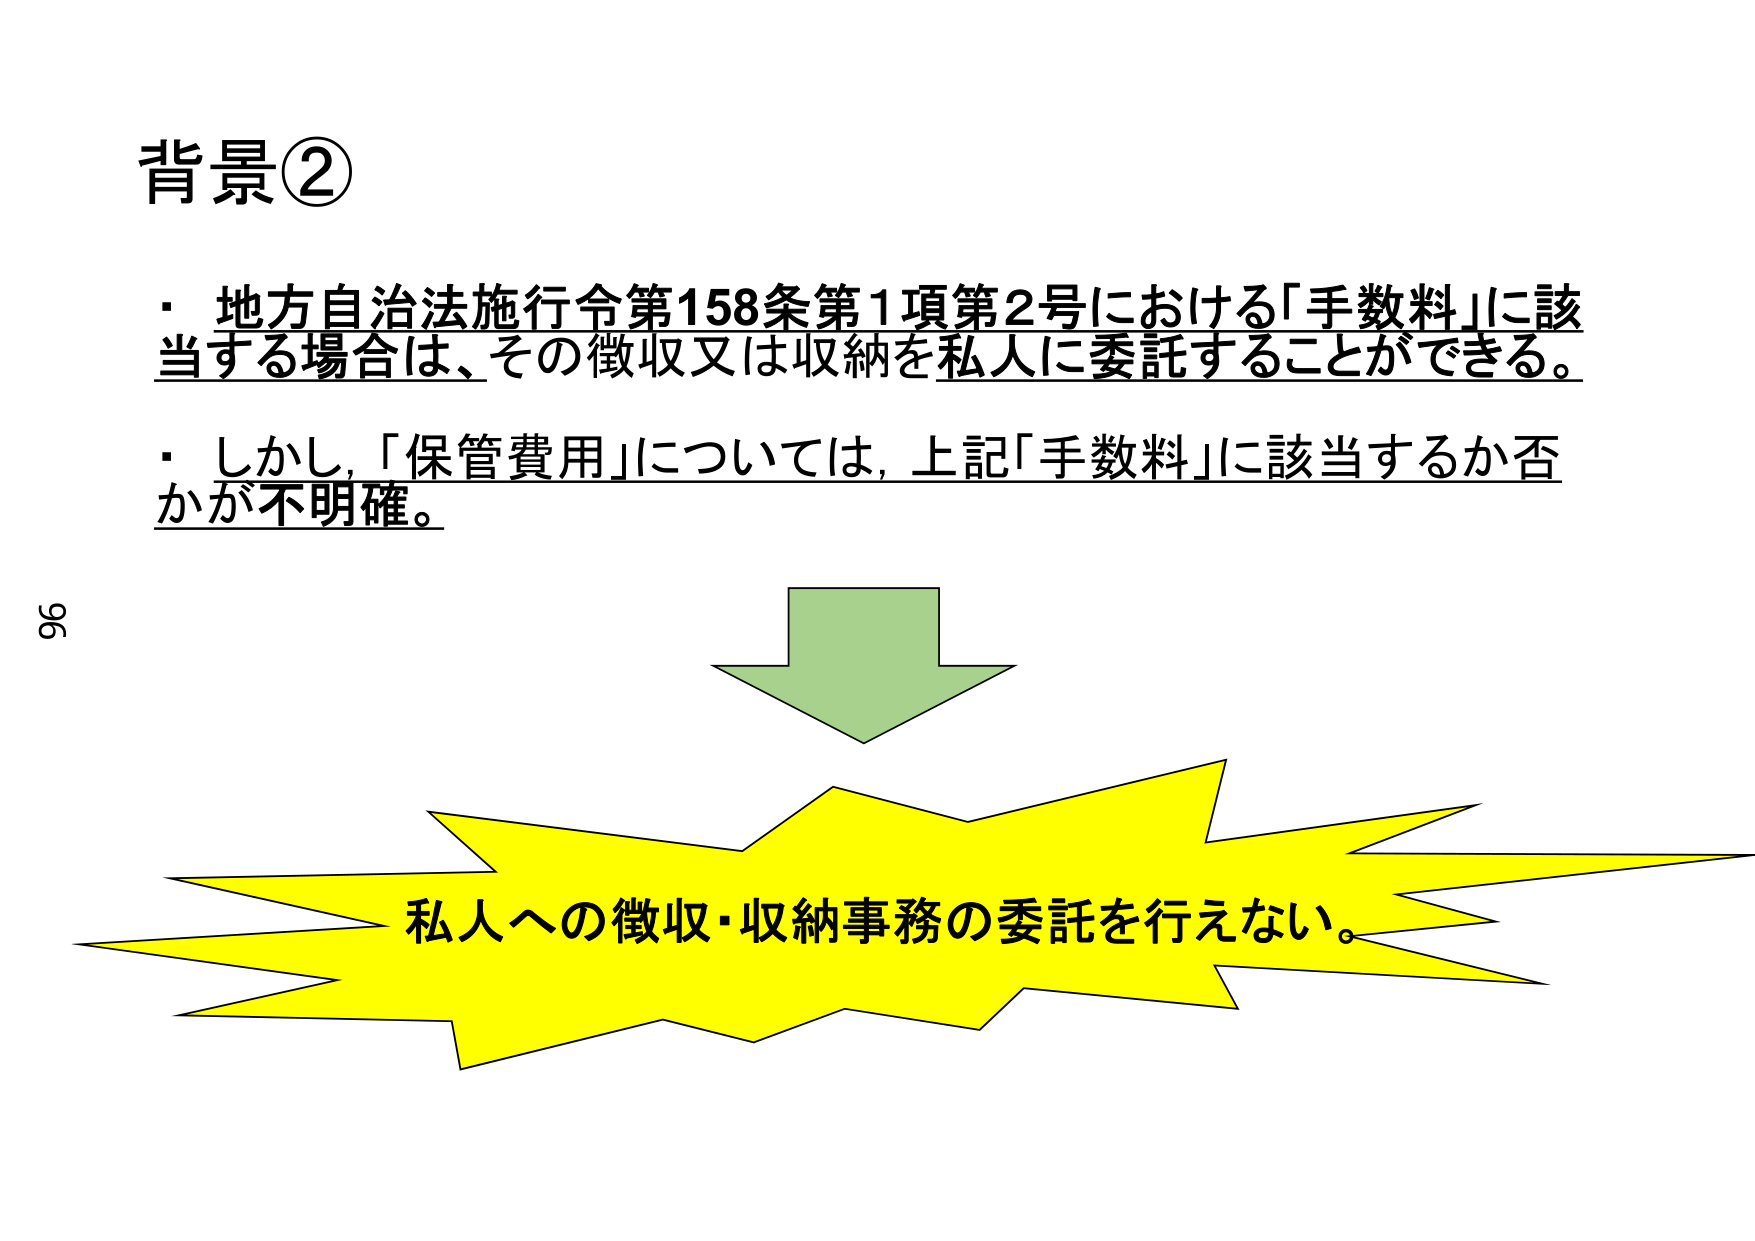
背景②
・地方自治法施行令第158条第1項第2号における「手数料」に該当する場合は、その徴収又は収納を私人に委託することができる。
・しかし、「保管費用」については、上記「手数料」に該当するか否かが不明確。
私人への徴収・収納事務の委託を行えない。
96